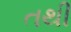
તથી